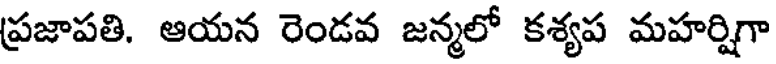
ప్రజాపతి. ఆయన రెండవ జన్మలో కశ్యప మహర్షిగా